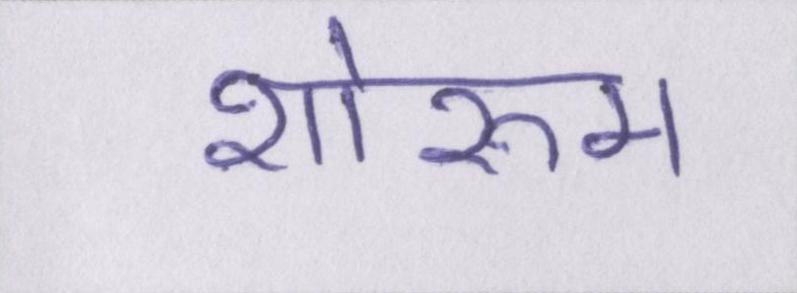
शोरूम